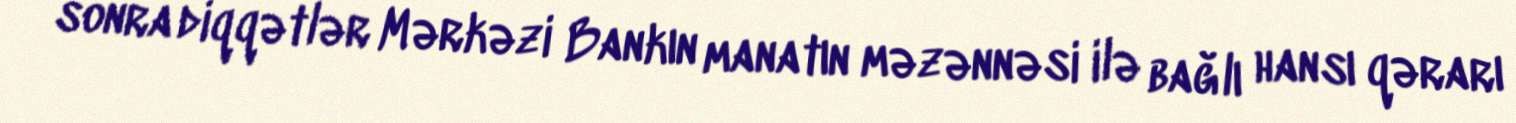
sonra diqqətlər Mərkəzi Bankın manatın məzənnəsi ilə bağlı hansı qərarı